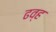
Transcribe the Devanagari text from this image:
ढव्ह